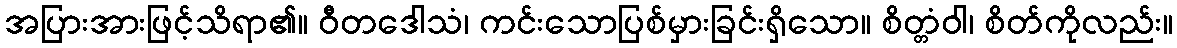
အပြားအားဖြင့်သိရာ၏။ ဝီတဒေါသံ၊ ကင်းသောပြစ်မှားခြင်းရှိသော။ စိတ္တံဝါ၊ စိတ်ကိုလည်း။